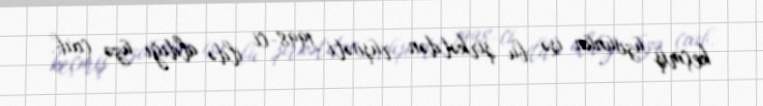
keçmiş üzvünün isə bu şirkətdən rüşvəti 1998-ci ildə aldığı üzə çıxıb.